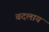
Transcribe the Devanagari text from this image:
बदलाय